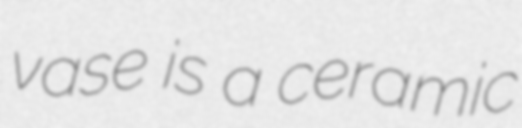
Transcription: vase is a ceramic